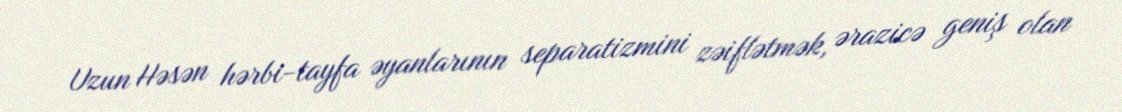
Uzun Həsən hərbi-tayfa əyanlarının separatizmini zəiflətmək, ərazicə geniş olan